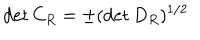
LaTeX: \det { C _ { R } } = \pm ( \det { D _ { R } } ) ^ { 1 / 2 }